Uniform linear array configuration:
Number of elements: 12
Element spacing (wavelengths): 0.5
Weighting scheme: cosine
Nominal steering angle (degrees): -30
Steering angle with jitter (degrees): -31.168
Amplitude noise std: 0.05
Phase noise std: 0.05

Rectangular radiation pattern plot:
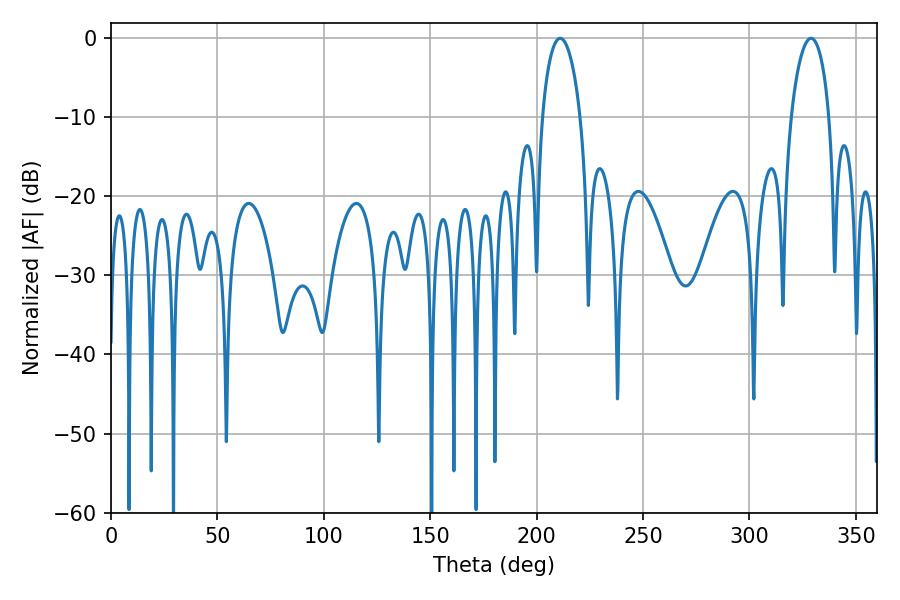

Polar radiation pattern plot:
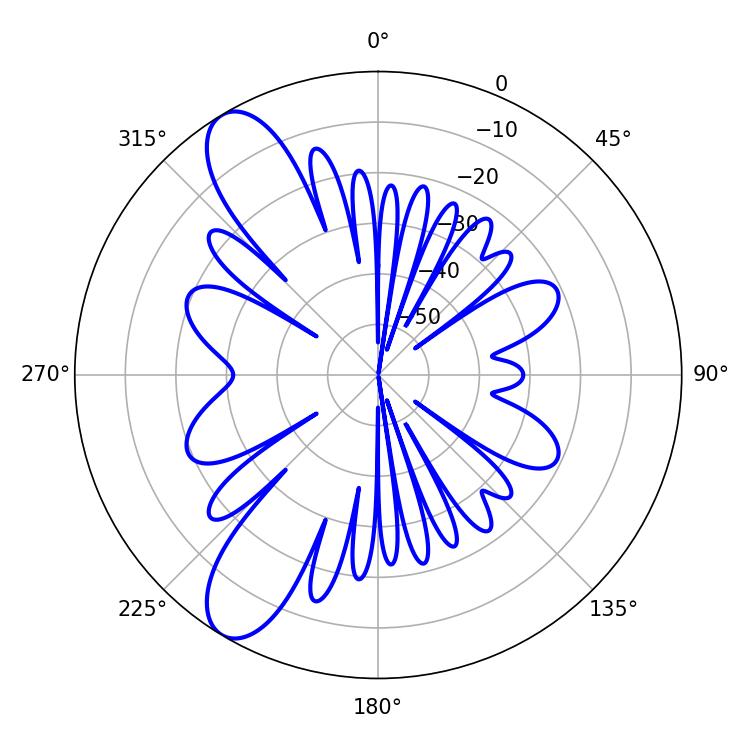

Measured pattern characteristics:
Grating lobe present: FALSE
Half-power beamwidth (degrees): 10.26
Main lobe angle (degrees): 211.14